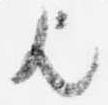
歟